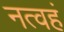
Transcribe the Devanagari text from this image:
नत्वहं